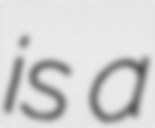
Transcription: is a